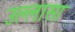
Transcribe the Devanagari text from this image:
उल्लासा